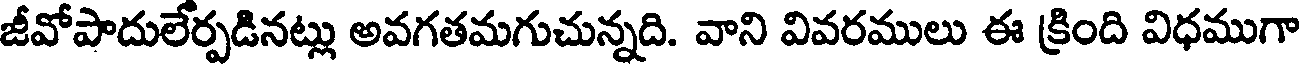
జీవోపాదులేర్పడినట్లు అవగతమగుచున్నది. వాని వివరములు ఈ క్రింది విధముగా